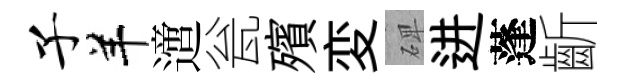
子羊𨗁瓮殯変𥓓进蓬齗